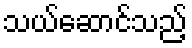
သယ်ဆောင်သည့်